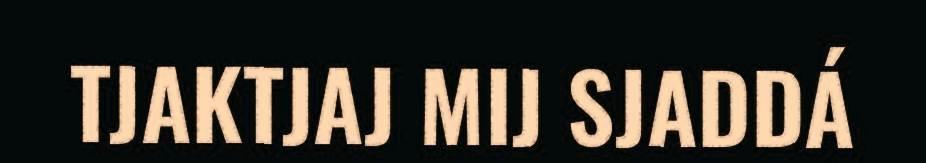
TJAKTJAJ MIJ SJADDÁ